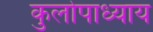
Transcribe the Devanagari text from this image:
कुलोपाध्याय